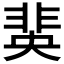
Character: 𮧆